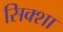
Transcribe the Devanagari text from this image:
सिक्शा